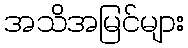
အသိအမြင်များ